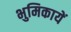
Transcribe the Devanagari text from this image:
भुमिकायें